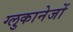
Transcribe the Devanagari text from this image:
ग्लुकानेजों